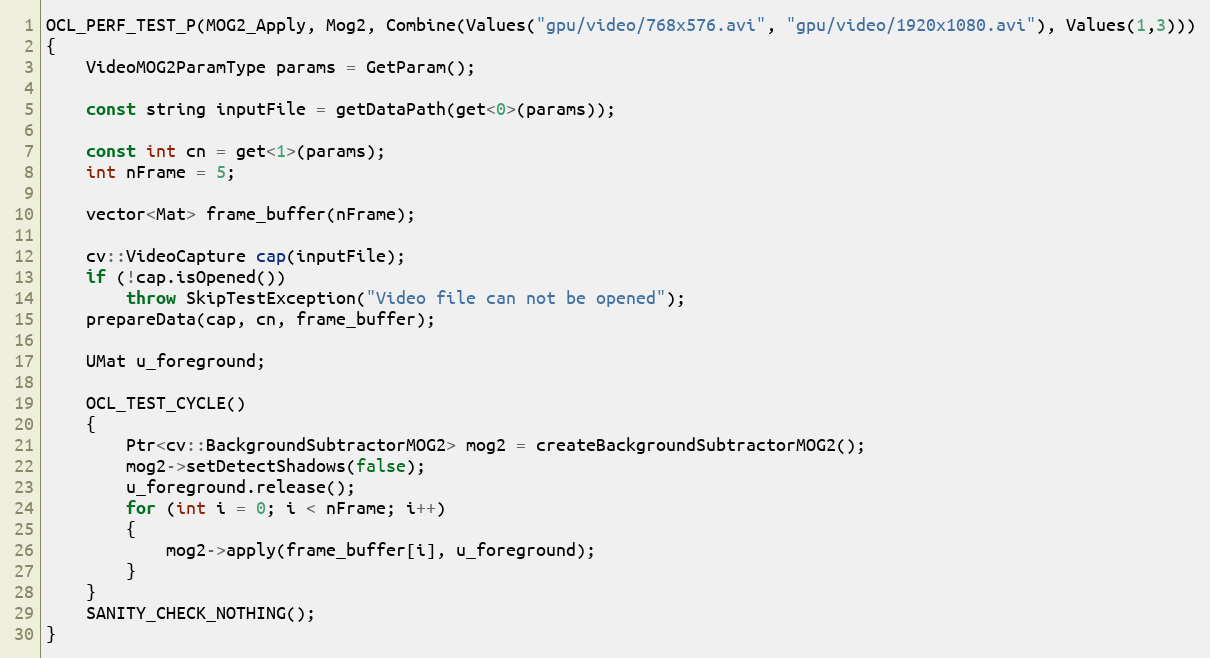
Language: C++
OCL_PERF_TEST_P(MOG2_Apply, Mog2, Combine(Values("gpu/video/768x576.avi", "gpu/video/1920x1080.avi"), Values(1,3)))
{
    VideoMOG2ParamType params = GetParam();

    const string inputFile = getDataPath(get<0>(params));

    const int cn = get<1>(params);
    int nFrame = 5;

    vector<Mat> frame_buffer(nFrame);

    cv::VideoCapture cap(inputFile);
    if (!cap.isOpened())
        throw SkipTestException("Video file can not be opened");
    prepareData(cap, cn, frame_buffer);

    UMat u_foreground;

    OCL_TEST_CYCLE()
    {
        Ptr<cv::BackgroundSubtractorMOG2> mog2 = createBackgroundSubtractorMOG2();
        mog2->setDetectShadows(false);
        u_foreground.release();
        for (int i = 0; i < nFrame; i++)
        {
            mog2->apply(frame_buffer[i], u_foreground);
        }
    }
    SANITY_CHECK_NOTHING();
}